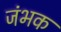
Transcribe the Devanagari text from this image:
जंभक